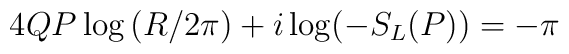
4QP\log\left(  R/2\pi\right)  +i\log(-S_{L}(P))=-\pi